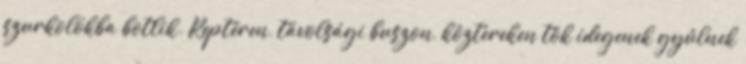
szurkolókba botlik. Reptéren, távolsági buszon, köztereken tök idegenek gyűlnek